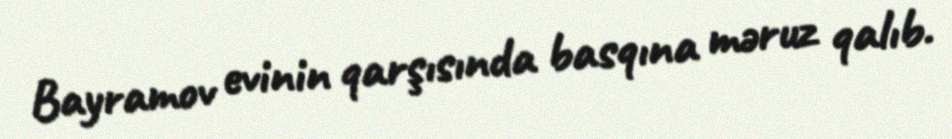
Bayramov evinin qarşısında basqına məruz qalıb.